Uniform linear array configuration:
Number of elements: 64
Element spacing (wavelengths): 1
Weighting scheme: hann
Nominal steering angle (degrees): -60
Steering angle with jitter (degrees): -60.265
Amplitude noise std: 0.05
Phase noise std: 0.05

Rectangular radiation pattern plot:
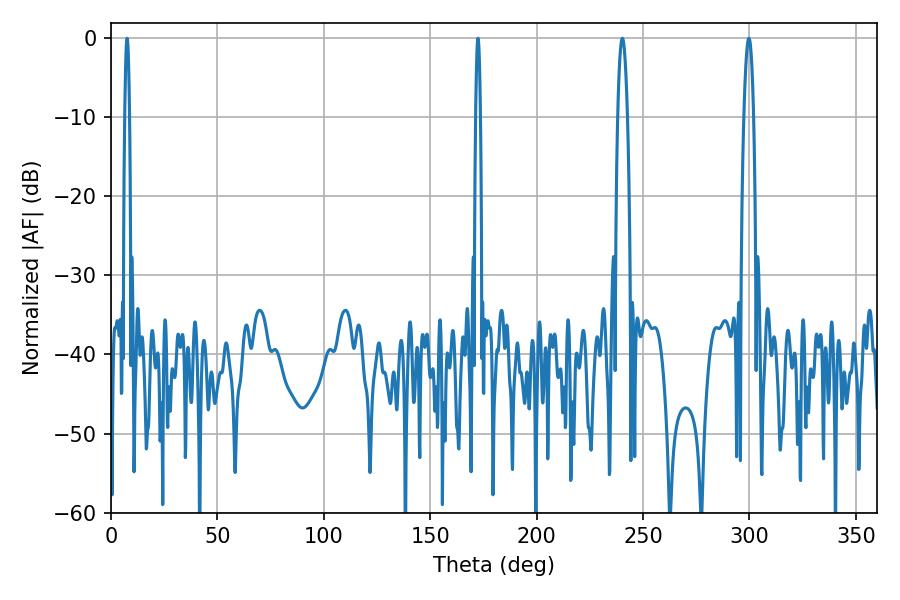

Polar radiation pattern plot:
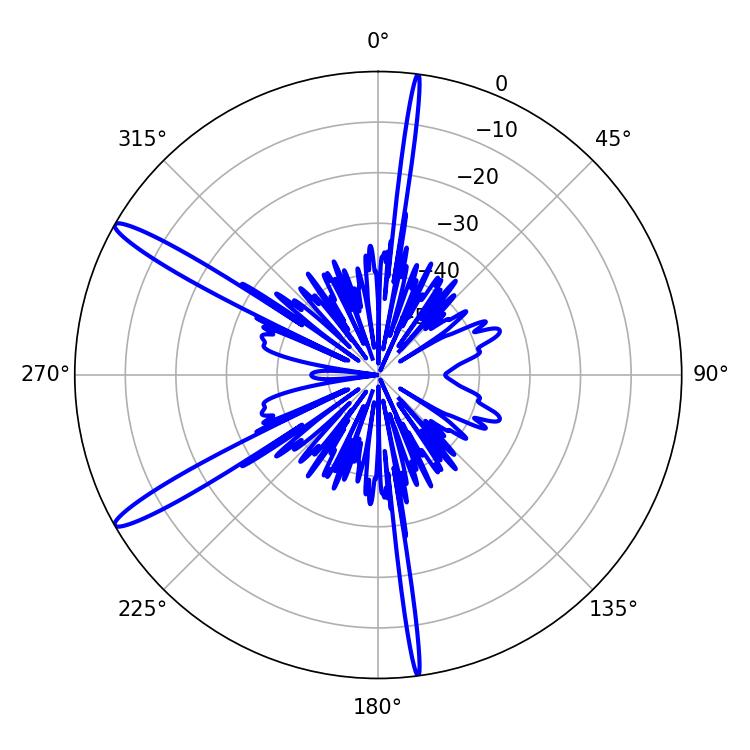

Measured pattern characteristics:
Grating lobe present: TRUE
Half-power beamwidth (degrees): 1.08
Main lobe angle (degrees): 7.56